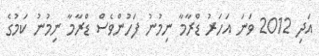
އަދި 2012 ވަނަ އަހަރު ޑްރާމާ ނިމުނު ފަހުންވެސް ޑްރާމާ ނިމުނު ކަމުގެ